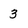
Character: 3